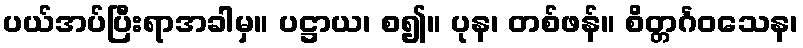
ပယ်အပ်ပြီးရာအခါမှ။ ပဋ္ဌာယ၊ စ၍။ ပုန၊ တစ်ဖန်။ စိတ္တင်္ဂဝသေန၊